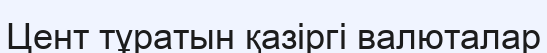
Цент тұратын қазiргi валюталар